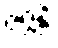
ဇဂ္ဂန္တိ